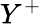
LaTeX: Y^{+}